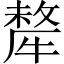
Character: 犛